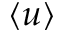
\langle u \rangle